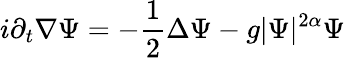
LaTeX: i\partial_{t}\nabla\Psi=-\frac 12\Delta\Psi-g|\Psi|^{2\alpha}\Psi